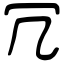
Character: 冗